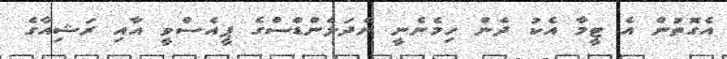
އެގޮތުން އެ ޓީމާ އެކު ދެން ހިމެނެނީ ނެދަލެންޑްސްގެ ޕީއެސްވީ އާއި ރަޝިއާގެ